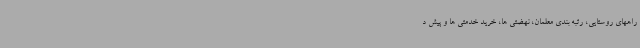
راههای روستایی، رتبه بندی معلمان، نهضتی ها، خرید خدمتی ها و پیش د